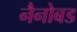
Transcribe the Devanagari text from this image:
नैनोबड